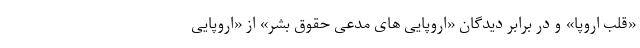
«قلب اروپا» و در برابر دیدگان «اروپایی های مدعی حقوق بشر» از «اروپایی